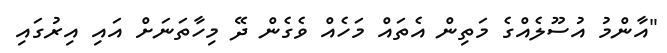
"އާންމު އުސޫލެއްގެ މަތިން އެތައް މަހެއް ވެގެން ދޭ މިހާތަނަށް އައި އިރުގައި